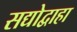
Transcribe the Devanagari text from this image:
सद्योद्वाहा